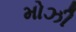
મોઝી